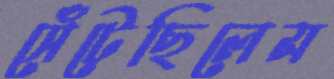
সেঁটেছিলেম